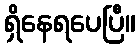
ရှိနေရပေပြီ။